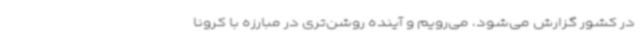
در کشور گزارش می‌شود، می‌رویم و آینده روشن‌تری در مبارزه با کرونا